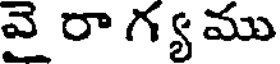
వై రా గ్య ము